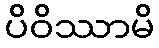
ပိဝိဿာမိ